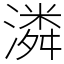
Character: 潾